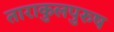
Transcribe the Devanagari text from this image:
ताराकुलपुरुष